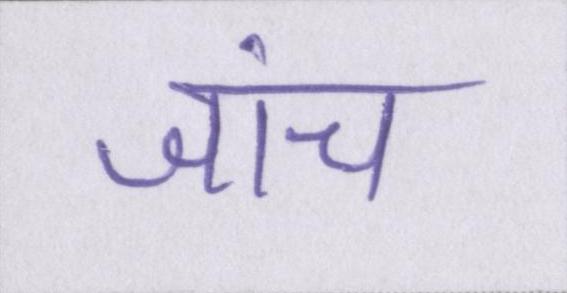
जांच